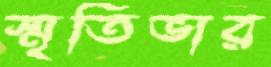
স্মৃতিভার